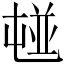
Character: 𡴢